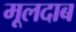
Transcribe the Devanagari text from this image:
मूलदाब